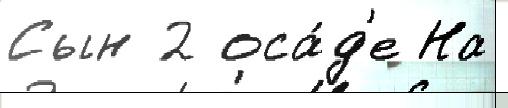
Сын 2 оса́д'е На